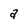
Character: a